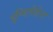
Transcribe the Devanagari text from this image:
इण्डिपेंडेन्ट